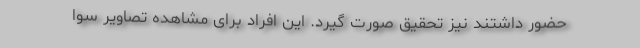
حضور داشتند نیز تحقیق صورت گیرد. این افراد برای مشاهده تصاویر سوا